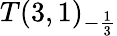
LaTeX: T(3,1)_{-{\frac{1}{3}}}